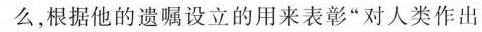
么，根据他的遗嘱设立的用来表彰”对人类作出